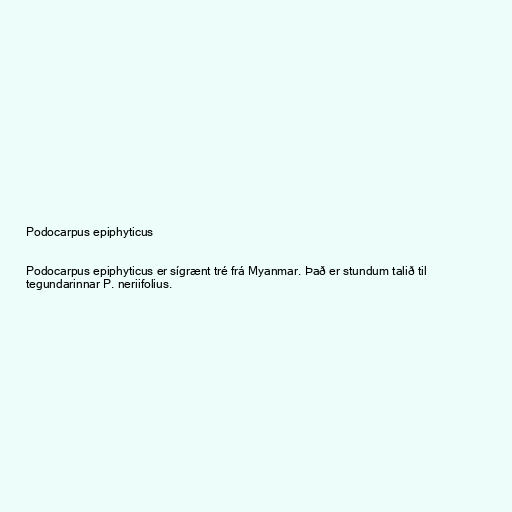
Podocarpus epiphyticus

Podocarpus epiphyticus er sígrænt tré frá Myanmar. Það er stundum talið til
tegundarinnar P. neriifolius.